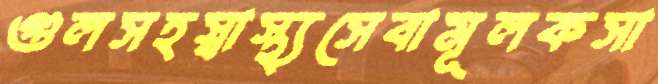
গুলসহস্বাস্থ্যসেবামূলকসা